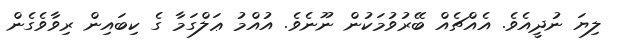
ލިޔަ ނުދީއެވެ. އެއްޗެއް ބޭރުވުމަކުން ނޫނެވެ. އުއްމު ޢަލްގަމާ ގެ ކިބައިން ރިވާވެގެން